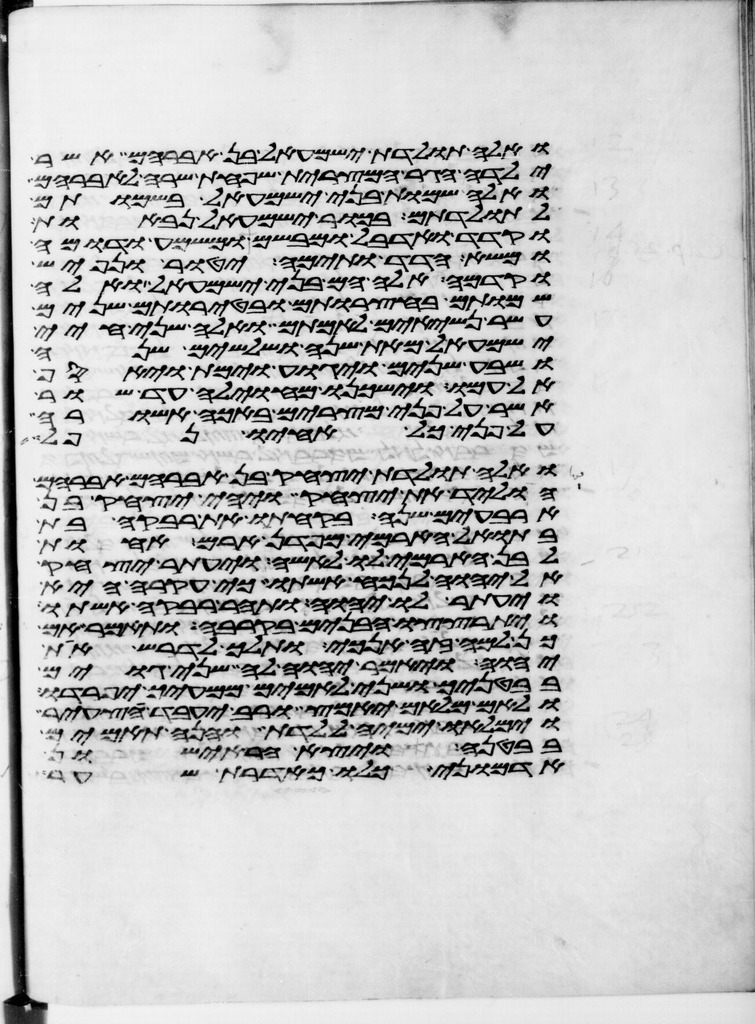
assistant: ואלה תולדת ישמעאל בן אברהם אשר
ילדה הגר המצרית שפחת שרה לאברהם
ואלה שמות בני ישמעאל בשמותם
לתולדתם בכור ישמעאל נבאות
וקדד ואדבל ומבשם ומשמע ודומה
ומשא הדד ותימה יטור נפיש
וקדמה אלה הם בני ישמעאל ואלה
שמותם בחצרותם ובטירתם שנים
עשר נשיאים לאמתם ואלה שני חיי
ישמעאל מאת שנה ושלשים שנה
ושבע שנים ויגוע וימת ויאסף
אל עמו וישכנו מחוילה עד שור
אשר על פני מצרים באכה אשורה
על פני כל אחיו נפל
ואלה תולדת יצחק בן אברהם אברהם
הוליד את יצחק ויהי יצחק בן
ארבעים שנה בקחתו את רבקה בת
בתואל הארמי מפדן ארם אחות
לבן הארמי לו לאשה ויעתר יצחק
אל יהוה לנכח אשתו כי עקרה היא
ויעתר לו יהוה ותהר רבקה אשתו
ויתרצצו הבנים בקרבה ותאמר אם
כן למה זה אנכי ותלך לדרש את
יהוה ויאמר יהוה לה שני גוים
בבטנך ושני לאמים ממעיך יפרדו
ולאם מלאם יאמץ ורב יעבד צעיר
וימלאו ימיה ללדת והנה תאמים
בבטנה ויצא הראישון
אדמוני כלו כאדרת שער